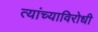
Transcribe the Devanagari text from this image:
त्यांच्याविरोधी